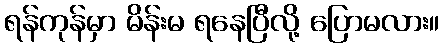
ရန်ကုန်မှာ မိန်းမ ရနေပြီလို့ ပြောမလား။